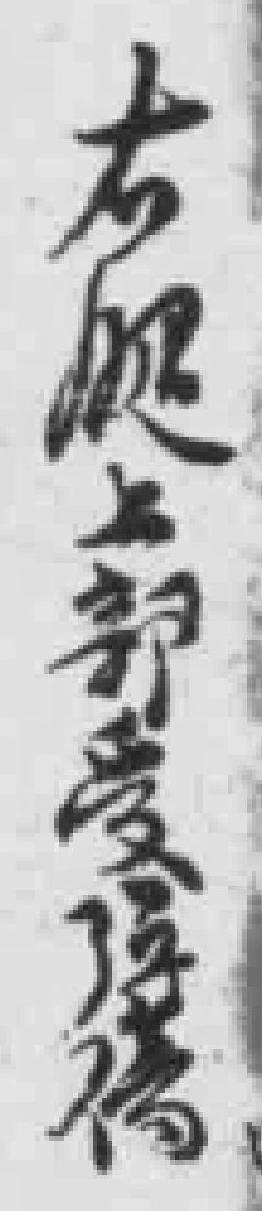
右腿上部彈傷